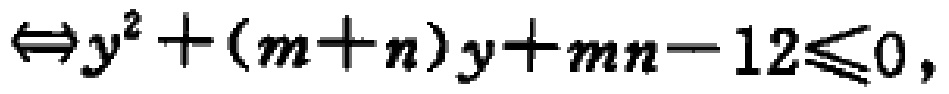
$\Leftrightarrow y^{2}+(m + n)y+mn - 12\leqslant0,$